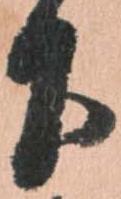
下